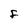
Character: F